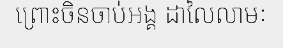
ព្រោះចិនចាប់អង្គ ដាលៃលាមៈ